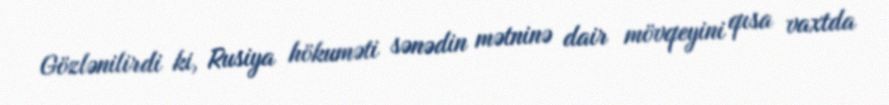
Gözlənilirdi ki, Rusiya hökuməti sənədin mətninə dair mövqeyini qısa vaxtda